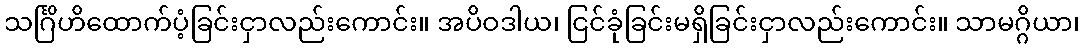
သင်္ဂြိဟိထောက်ပံ့ခြင်းငှာလည်းကောင်း။ အပိဝဒါယ၊ ငြင်ခုံခြင်းမရှိခြင်းငှာလည်းကောင်း။ သာမဂ္ဂိယာ၊